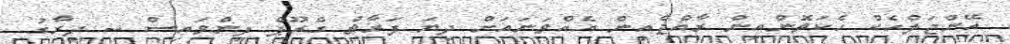
އޭންޖަލްހެކް ހެކަތޮންއިން ރާއްޖެއިން އެއްވަނައަށް ދިޔަ ފަރާތް ގްރޫޕް ފިންވައިސް -- ދިރާގު